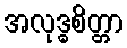
အလုဒ္ဓစိတ္တာ